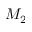
M _ { 2 }